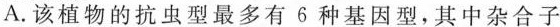
A.该植物的抗虫型最多有6种基因型，其中杂合子